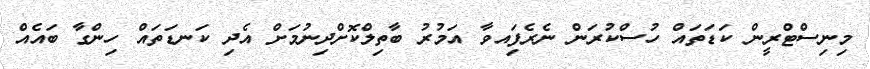
މިނިސްޓްރީން ކަޑަތައް ހުސްކުރަން ނެރެފަިއވާ އަމުރު ބާތިލްކޮށްދިނުމަށް އެދި ކަނޑަތައް ހިންގާ ބައެއް